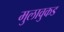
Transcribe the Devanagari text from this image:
मुलावुकड